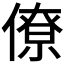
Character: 僚